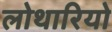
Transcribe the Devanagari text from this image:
लोथारियो